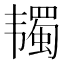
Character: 𱂋